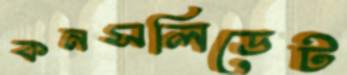
কনসলিডেট